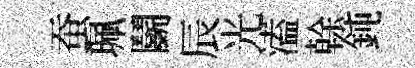
蚕珮鬬辰光溘𠏉鈍